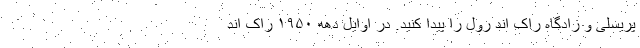
پریسلی و زادگاه راک اند رول را پیدا کنید. در اوایل دهه ۱۹۵۰ راک اند